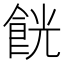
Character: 𱃧